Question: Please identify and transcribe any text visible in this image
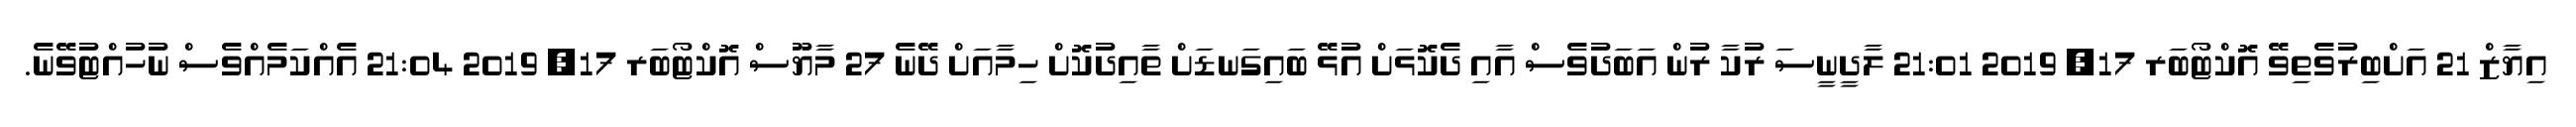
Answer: އިޔާޒް 21 އަށްބިރުވެތިވޭ އޮކްޓޯބަރ 17, 2019 21:01 ލާދީނީސަ ރުކާ ރުން އަބަދުވެސް އާއި ދެކޮޅަށް އުޅޭ ބައިގަނޑަށް ތާއިދުކޮށް ހިމާއަށް ދޭނެ 27 މާޔޫސް އޮކްޓޯބަރ 17, 2019 21:04 އެއްކަމެއްވެސް ނުހުއްޓުވޭނެ.